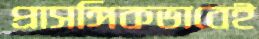
প্রাসঙ্গিকভাবেই